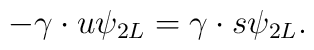
-\gamma \cdot u\psi _{2L}=\gamma \cdot s\psi _{2L}.